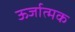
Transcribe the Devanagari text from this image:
ऊर्जात्मक